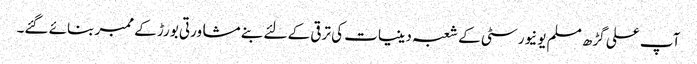
آپ علی گڑھ مسلم یونیورسٹی کے شعبہ دینیات کی ترقی کے لئے بنے مشاورتی بورڑ کے ممبر بنائے گئے۔